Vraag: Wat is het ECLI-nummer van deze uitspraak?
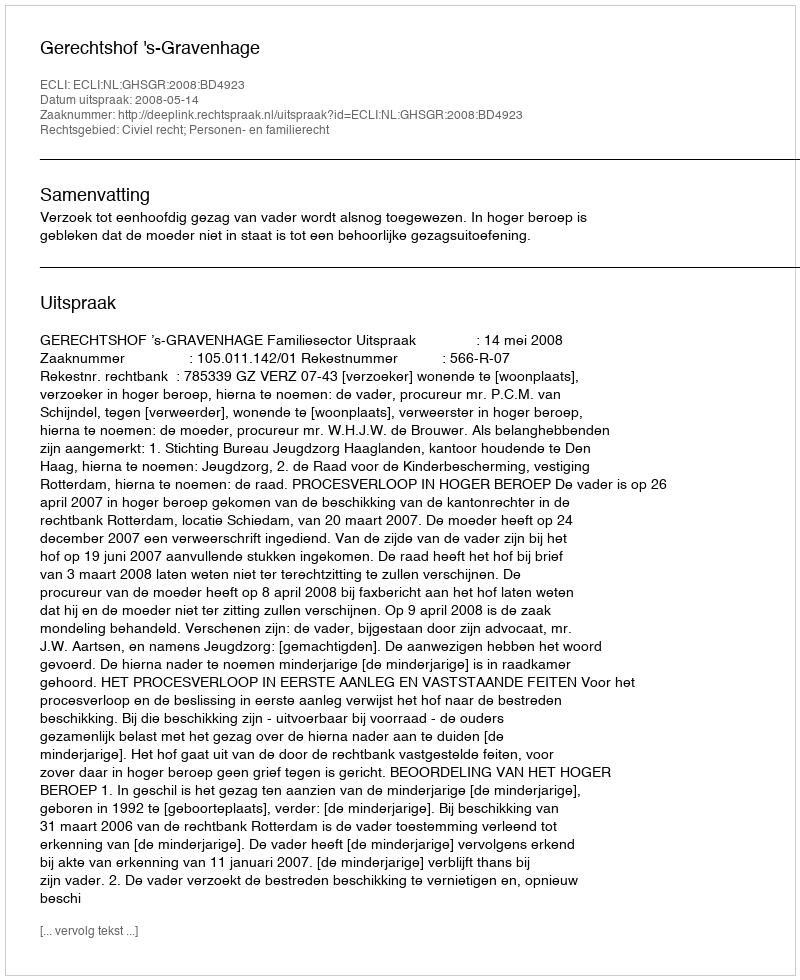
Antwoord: ECLI:NL:GHSGR:2008:BD4923